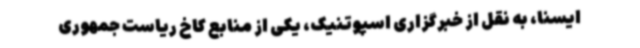
ایسنا، به نقل از خبرگزاری اسپوتنیک، یکی از منابع کاخ ریاست جمهوری